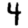
Digit: 4